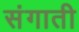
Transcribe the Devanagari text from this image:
संगाती